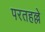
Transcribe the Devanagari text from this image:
परतहल्ले